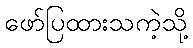
ဖော်ပြထားသကဲ့သို့